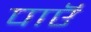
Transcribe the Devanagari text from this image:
पाएॅ